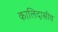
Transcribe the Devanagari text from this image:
कालिदासीय